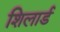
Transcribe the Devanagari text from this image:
शिलार्ड